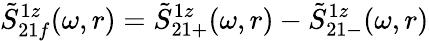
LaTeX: \tilde{S}_{21f}^{1z}(\omega,r)=\tilde{S}_{21+}^{1z}(\omega,r)-\tilde{S}_{21-}^{1z}(\omega,r)